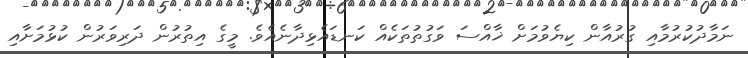
ނަމާދުކުރުމާއި ގުރުއާން ކިޔެވުމަށް ޚާއްސަ ވަގުތުތަކެއް ކަނޑައެޅިދާނެއެވެ. މީގެ އިތުރުން ދަރިވަރުން ކުޅުމަށާއި